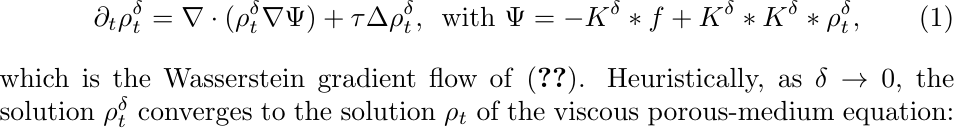
\begin{equation}\label{eqn:jmmgfdeltalater}
    \partial_t \rho^\delta_t = \nabla \cdot (\rho_t^\delta \nabla \Psi) +\tau \Delta \rho_t^\delta, \, \textrm{ with }\Psi = -K^\delta*f + K^\delta*K^\delta*\rho_t^\delta,
\end{equation} which is the Wasserstein gradient flow of \eqref{eqn:jmmfunctionallater}. Heuristically, as $\delta \rightarrow 0$, the solution $\rho^\delta_t$ converges to the solution $\rho_t$ of the viscous porous-medium equation: